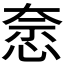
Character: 𭝍